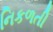
નિકળતી